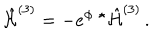
LaTeX: \hat { \cal H } ^ { ( 3 ) } = - e ^ { \phi } \ { } ^ { \star } \hat { \cal H } ^ { ( 3 ) } \, .